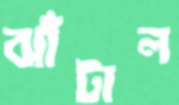
ঝাঁটাল